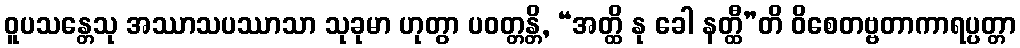
ဝူပသန္တေသု အဿာသပဿာသာ သုခုမာ ဟုတွာ ပဝတ္တန္တိ, “အတ္ထိ နု ခေါ နတ္ထီ”တိ ဝိစေတဗ္ဗတာကာရပ္ပတ္တာ